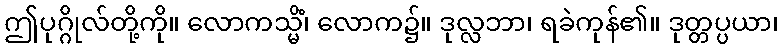
ဤပုဂ္ဂိုလ်တို့ကို။ လောကသ္မိံ၊ လောက၌။ ဒုလ္လဘာ၊ ရခဲကုန်၏။ ဒုတ္တပ္ပယာ၊